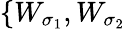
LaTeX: \{ W_{\sigma_{1}},W_{\sigma_{2}}